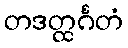
တဒတ္ထင်္ဂတံ